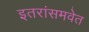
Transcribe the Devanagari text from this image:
इतरांसमवेत